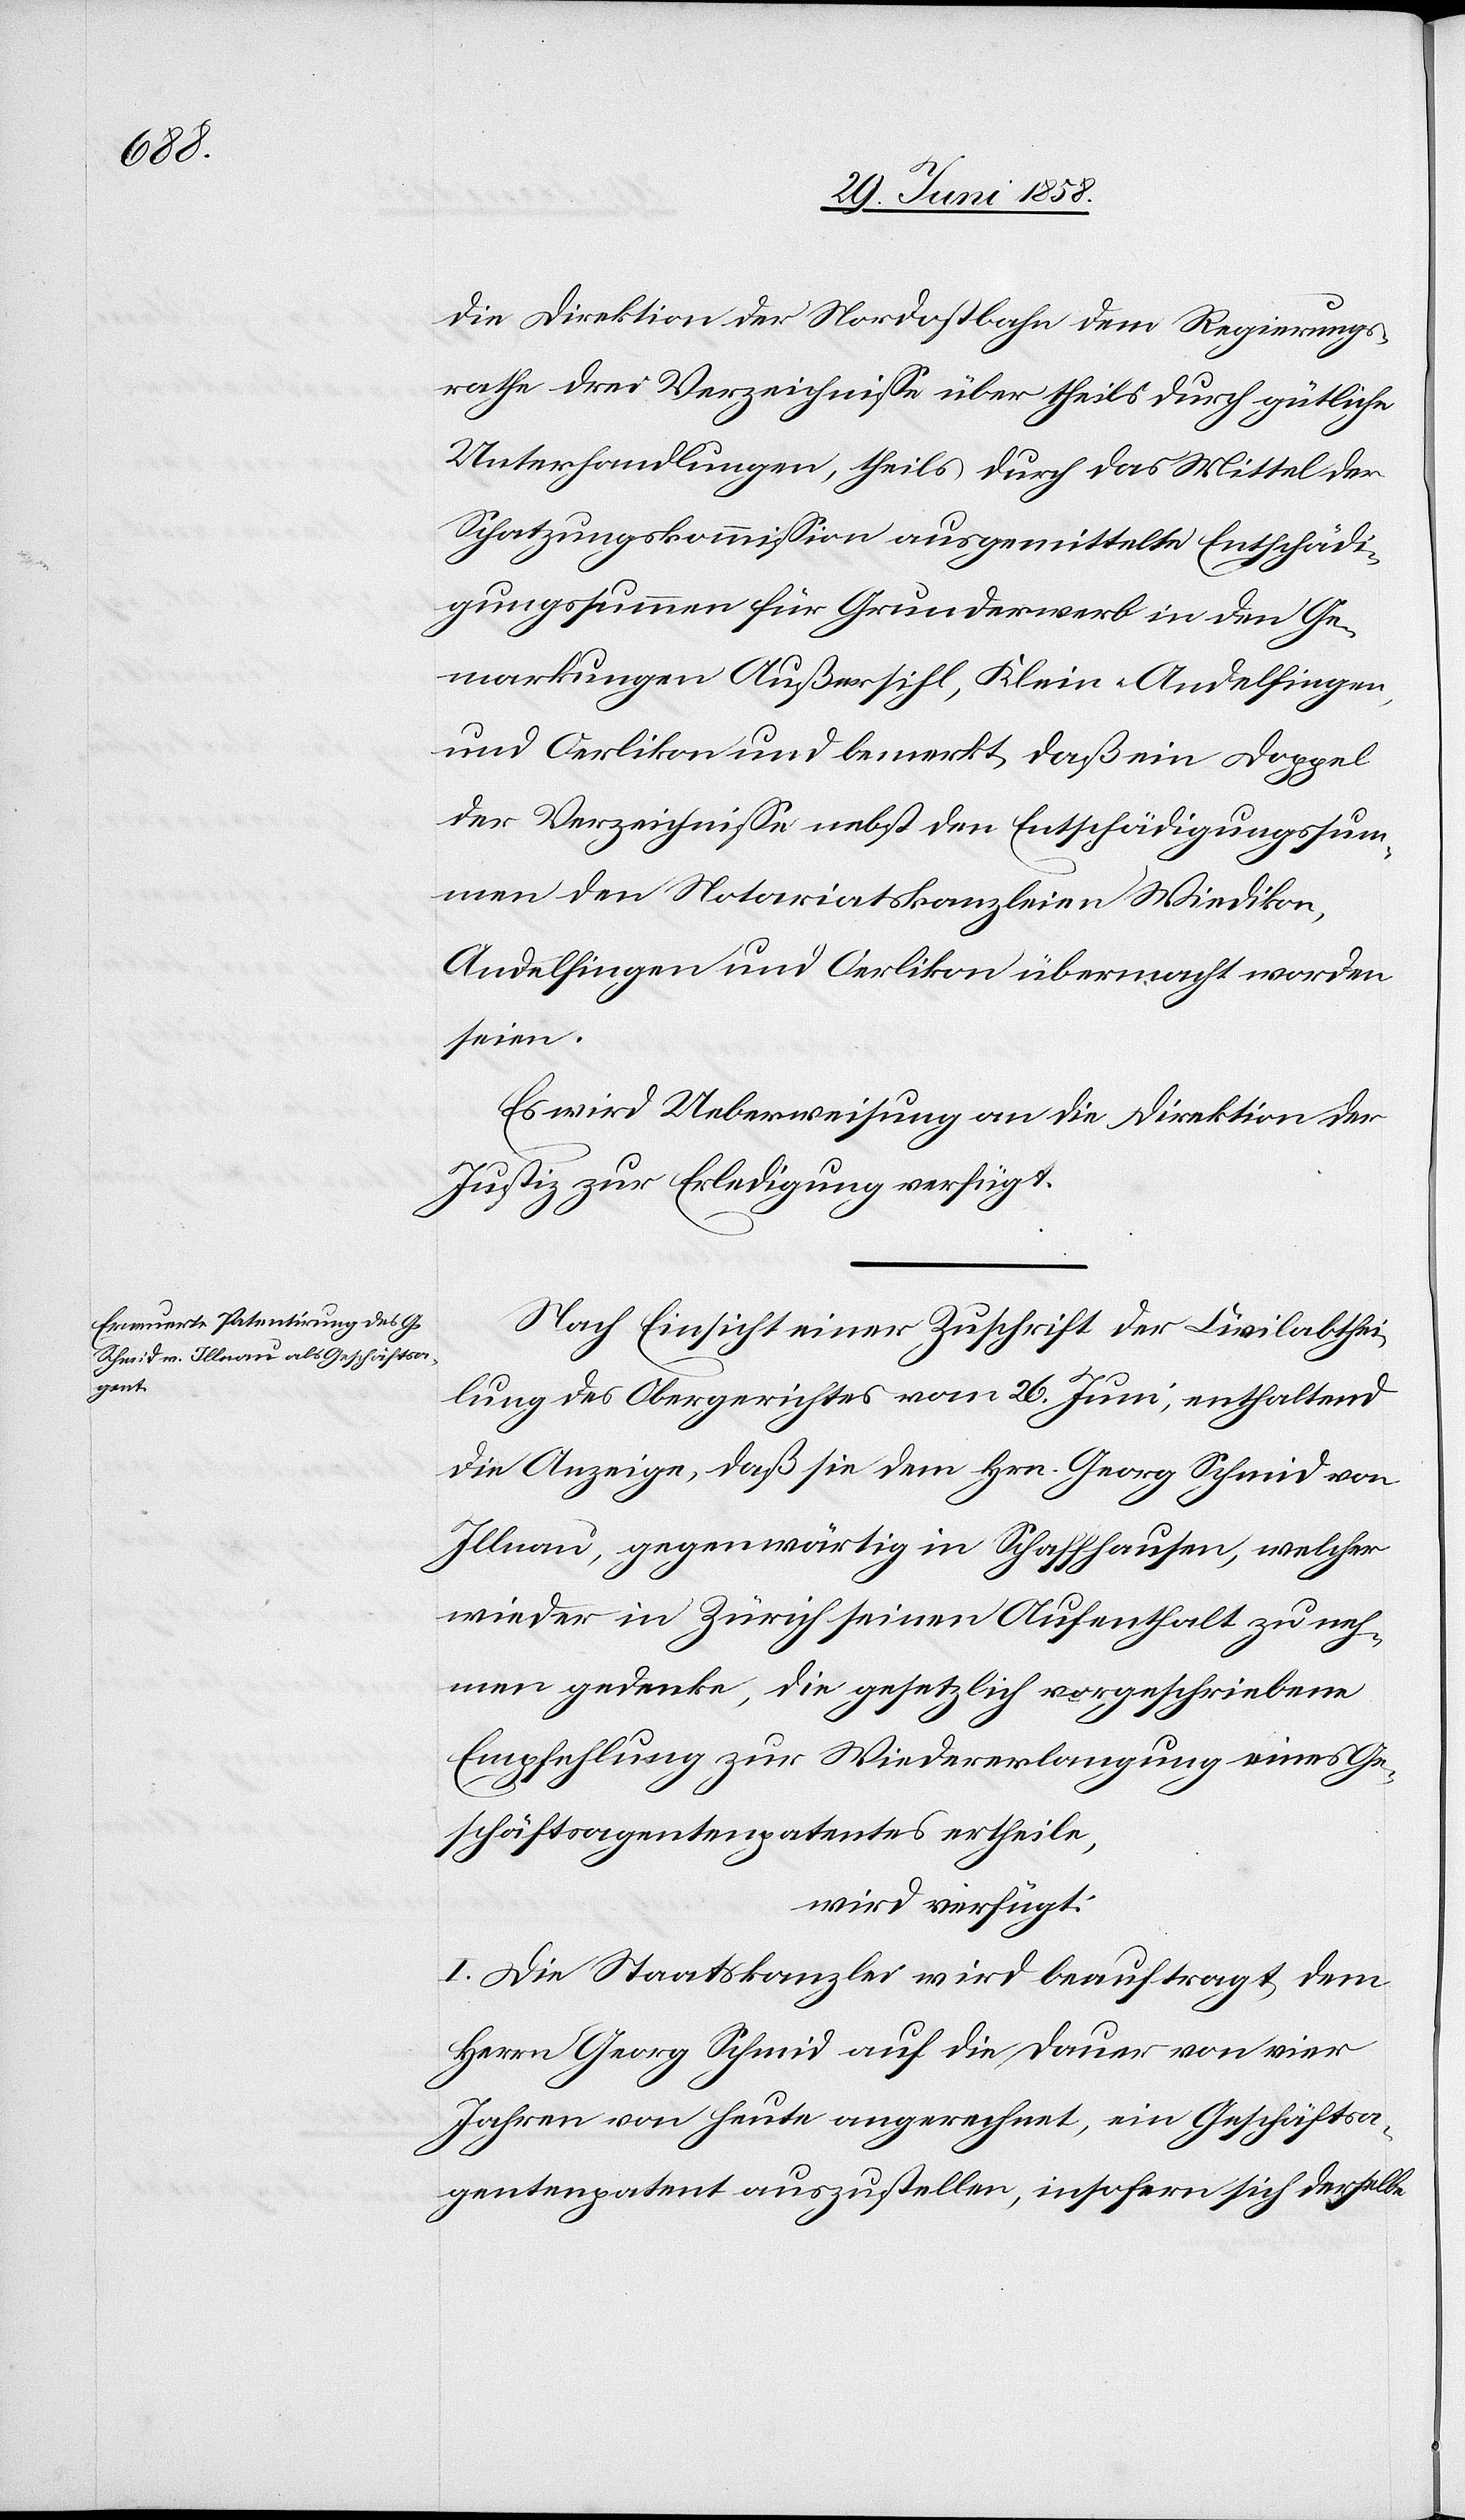
2. Juli 1858.]
die Direktion der Nordostbahn dem Regierungs¬
rathe drei Verzeichnisse über theils durch gütliche
Unterhandlungen, theils durch das Mittel der
Schatzungskommission ausgemittelte Entschädi¬
gungssummen für Grunderwerb in den Ge¬
markungen Außersihl, Klein-Andelfingen,
und Oerlikon und bemerkt, daß ein Doppel
der Verzeichnisse nebst den Entschädigungssum¬
men den Notariatskanzleien Wiedikon,
Andelfingen und Oerlikon übermacht worden
seien.
Es wird Ueberweisung an die Direktion der
Justiz zur Erledigung verfügt.
Nach Einsicht einer Zuschrift der Civilabthei¬
lung des Obergerichtes vom 26. Juni, enthaltend
die Anzeige, daß sie dem Hrn. Georg Schmid von
Illnau, gegenwärtig in Schaffhausen, welcher
wieder in Zürich seinen Aufenthalt zu neh¬
men gedenke, die gesetzlich vorgeschriebene
Empfehlung zur Wiedererlangung eines Ge¬
schäftsagentenpatentes ertheile,
wird verfügt:
I. Die Staatskanzlei wird beauftragt, dem
Herrn Georg Schmid auf die Dauer von vier
Jahren von heute angerechnet, ein Geschäftsa¬
gentenpatent auszustellen, insofern sich derselbe